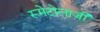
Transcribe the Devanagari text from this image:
रूमेटोलाजी